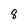
Character: 8